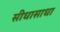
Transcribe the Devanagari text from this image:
सीधासाधा